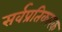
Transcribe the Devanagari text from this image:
सर्वप्रतिकारक